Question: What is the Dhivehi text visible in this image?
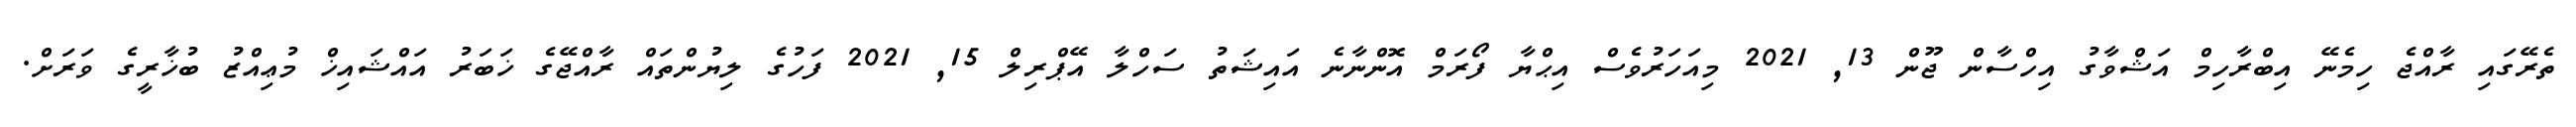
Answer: ތެރޭގައި ރާއްޖެ ހިމެނޭ އިބްރާހިމް އަޝްވާގު އިހްސާން ޖޫން 13, 2021 މިއަހަރުވެސް އިޙްޔާ ފޯރަމް އޮންނާނެ އައިޝަތު ސަހްލާ އޭޕްރިލް 15, 2021 ފަހުގެ ލިޔުންތައް ރާއްޖޭގެ ޚަބަރު އައްޝައިޚް މުޢިއްޒު ބުޚާރީގެ ވަރަށް.